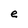
Character: e